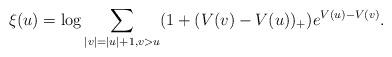
LaTeX: \begin{align*} \xi(u) = \log \sum_{|v|=|u|+1,v>u} (1 + (V(v)-V(u))_+ ) e^{V(u)-V(v)}.\end{align*}